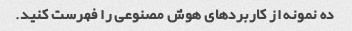
ده نمونه از کاربردهای هوش مصنوعی را فهرست کنید.